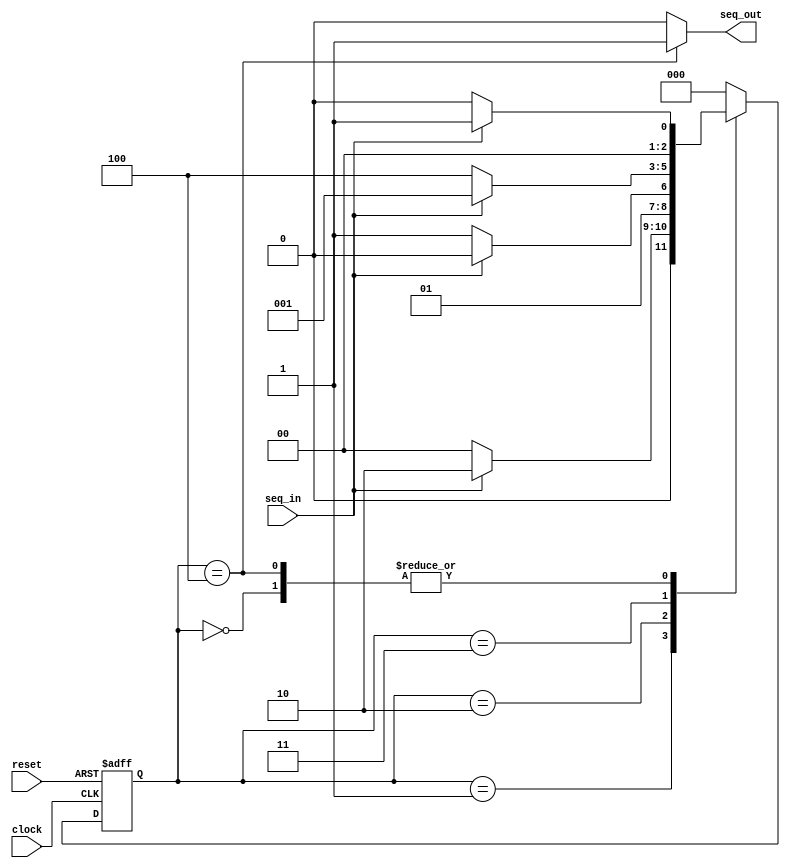
module moore1100(seq_in,clock,reset,seq_out);

	input clock; 
	input reset; 
	input seq_in; 
	output reg seq_out; 
	parameter  R=0, 
				  A=1,
				  B=2, 
				  C=3, 
				  D=4;
	reg [2:0] current_state, next_state; 
	always @(posedge clock, posedge reset)
		begin
			if(reset==1) 
				current_state <= R;
			else
				current_state <= next_state; 
		end 

	always @(current_state,seq_in)
		begin
			case(current_state) 
				R:begin
					if(seq_in==1)
						next_state <= A;
					else
						next_state <= R;
				end
				A:begin
					if(seq_in==0)
						next_state <= R;
					else
						next_state <= B;
				end
				B:begin
					if(seq_in==0)
						next_state <= C;
					else
						next_state <= B;
				end 
				C:begin
					if(seq_in==0)
						next_state <= D;
					else
						next_state <= A;
				end
				D:begin
					if(seq_in==0)
						next_state <= R;
					else
						next_state <= A;
				end
				default:next_state <= R;
			endcase
		end

	always @(current_state)
		begin 
			case(current_state) 
				R:seq_out <= 0;
				A:seq_out <= 0;
				B:seq_out <= 0;
				C:seq_out <= 0;
				D:seq_out <= 1;
				default:  seq_out <= 0;
			endcase
		end 
endmodule